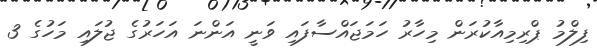
ފިލްމު ޕްރިމިއާކުރަން މިހާރު ހަމަޖައްސާފައި ވަނީ އަންނަ އަހަރުގެ ޖުލައި މަހުގެ 3